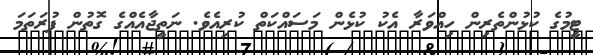
ޓީމުގެ ކުޅުންތެރިން ހިއްވަރާ އެކު ކުޅެން މަސައްކަތް ކުރިއެވެ. ނަތީޖާއެއްގެ ގޮތުން ފުރަތަމަ